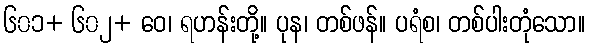
၆၀၁+ ၆၀၂+ ဝေ၊ ရဟန်းတို့။ ပုန၊ တစ်ဖန်။ ပရံစ၊ တစ်ပါးတုံသော။